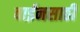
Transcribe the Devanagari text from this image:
वाईनसाठी